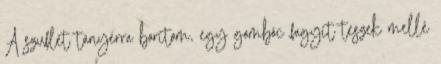
A szuflét tányérra borítom, egy gombóc fagyit teszek mellé